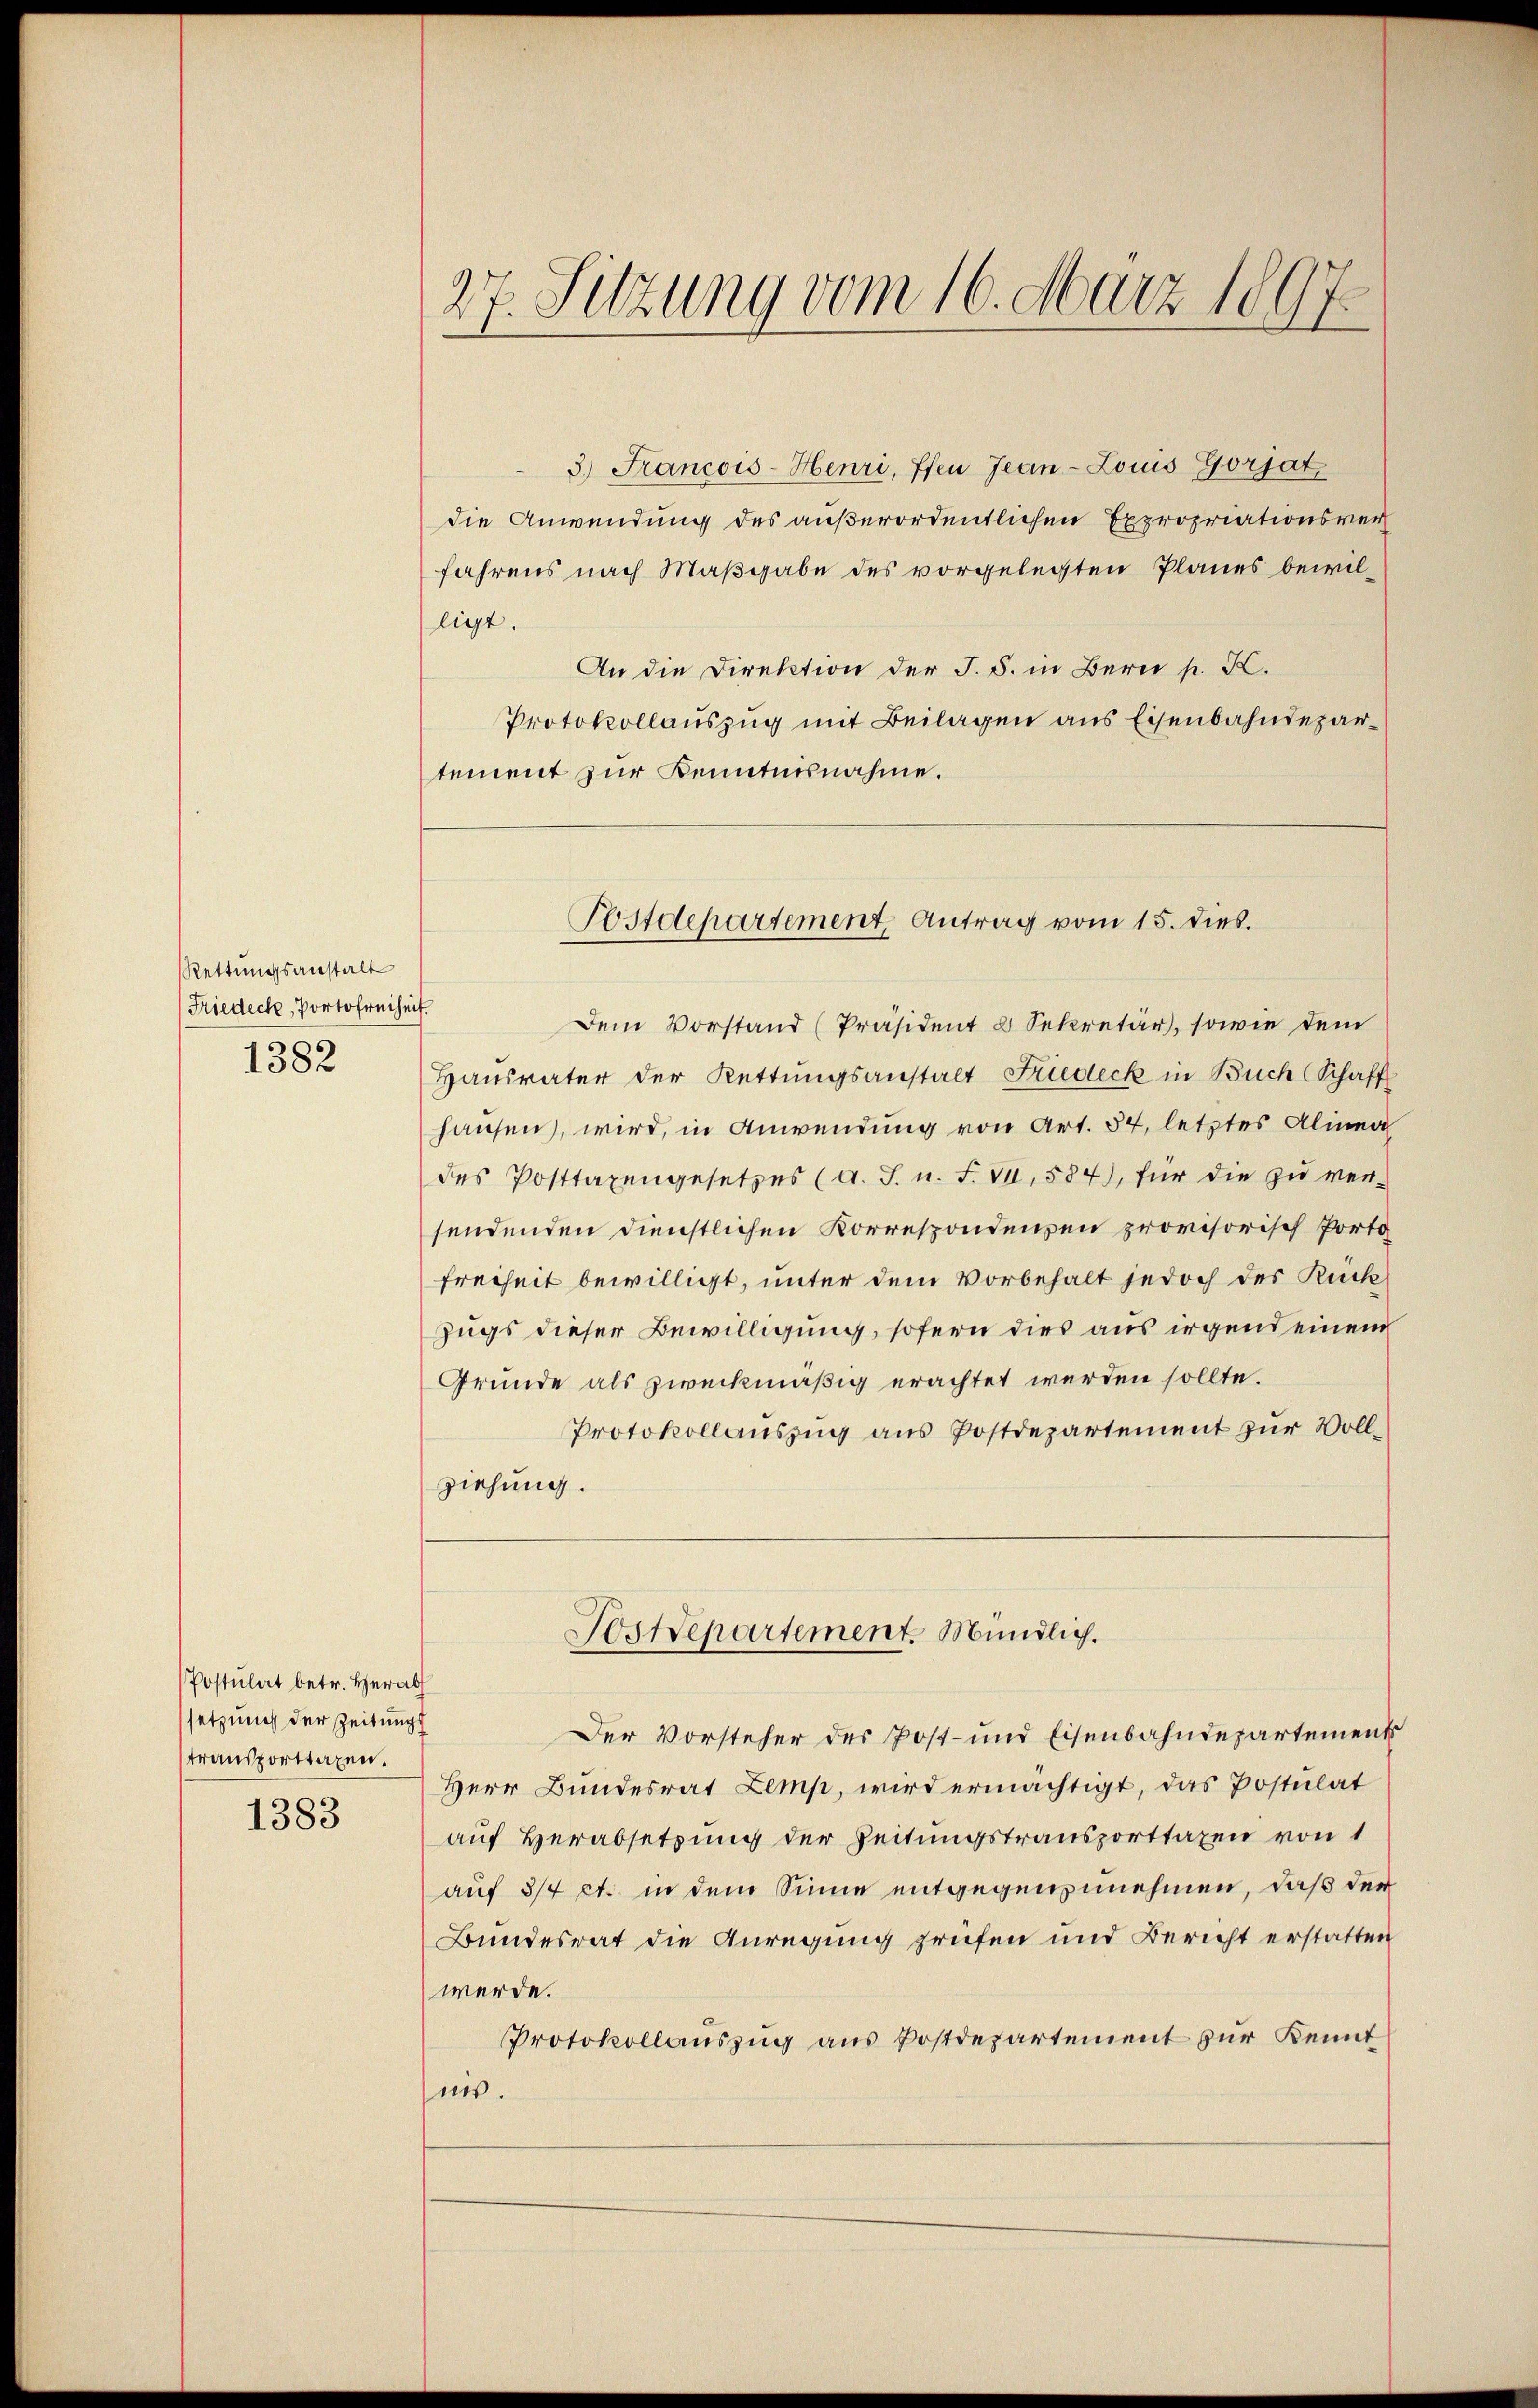
Rettungsanstalt
Friedeck, Portofreiheit.
1382

Postulat betr. Herab
setzung der Zeitung
transporttaxen.

1383

27. Setzung vom 16. März 1897.

3.) Francois-Henri, ffen Jean-Louis Gorjat
die Anwendung des außerordentlichen Expropriationsver
fahrens nach Maßgabe des vorgelegten Planes bewilligt.
An die Direktion der J. S. in Bern p. K.
Protokollauszug mit Beilagen aus Eisenbahndepartement zur Kenntnisnahme.

Postdepartement Antrag vom 15. dies

Dem Vorstand (Präsident u Sekretär, sowie dem
Hausvater der Rettŭngsanstalt Friedeck in Buch (Schaff
hausen, wird, in Anwendung von Art. 84, letztes Alinea
des Posttaxengesetzes (a. S. u. F. VI, 584), für die zu versendenden dienstlichen Korrespondenzen provisorisch fortg
Freiheit bewilligt, unter dem Vorbehalt jedoch des Rück
Zugs dieser Bewilligung, sofern dies aus irgend einem
Gründe als zweckmäßig erachtet werden sollte.
Protokollauszug aus Postdepartement zur Vollziehung.
Prepartement. Mündlich.
Der Vorsteher des Post- und Eisenbahndepartement
Herr Bundesrat Zemp, wird ermächtigt, das Postulat
auf Herabsetzung der Zeitungstransporttaxen von 1
auf 3/4 et. in dem Sinne entgegenzunehmen, daß der
Bundesrat die Anregung prüfen und Bericht erstatten
werde.
Protokollauszug aus Postdepartement zur Kennt
nis.